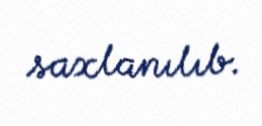
saxlanılıb.